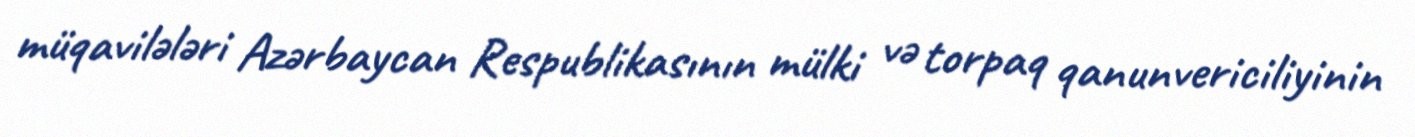
müqavilələri Azərbaycan Respublikasının mülki və torpaq qanunvericiliyinin